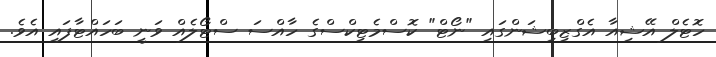
ހޮޓެލް އޭޝިއާ އެގްޒިބިޝަންގައި "ނޯޓްް" ކޮސްމެޓިކްސްގެ ހާއްސަ ސްޓޯލެއް ވަނީ ބަހައްޓާފައި އެވެ.